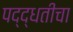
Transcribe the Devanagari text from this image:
पद्द्धतीचा